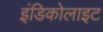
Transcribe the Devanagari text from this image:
इंडिकोलाइट